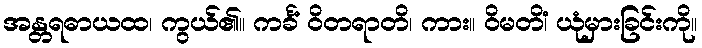
အန္တရဓာယထ၊ ကွယ်၏။ ကင်္ခံ ဝိတရာတိ၊ ကား။ ဝိမတိံ၊ ယုံမှားခြင်းကို။